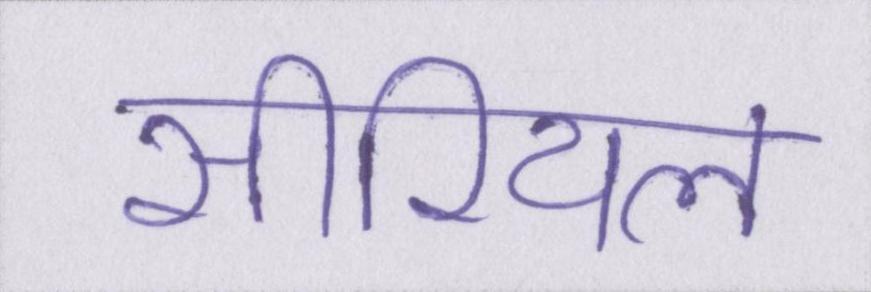
सीरियल